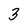
Character: 3